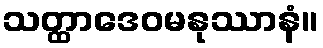
သတ္ထာဒေဝမနုဿာနံ။